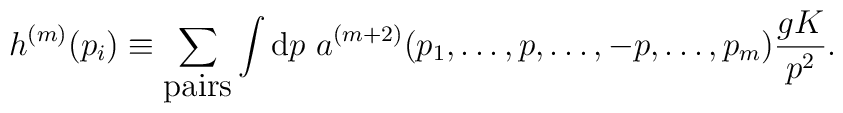
h^{(m)}(p_i) \equiv\sum_{\hbox{pairs}}\int {\rm d}p\ a^{(m+2)}(p_1,\dots,p,\dots,-p,\dots,p_m) {gK\over p^2}.